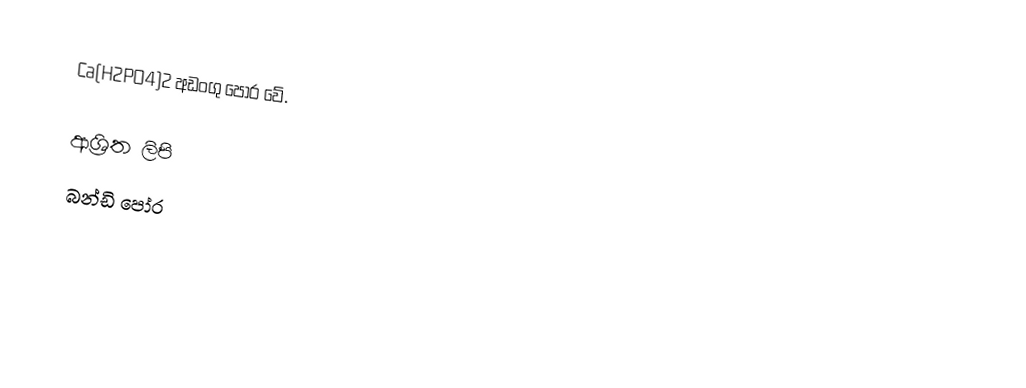
Ca(H2PO4)2 අඩංගු පෝර වේ.

ආශ්‍රිත ලිපි
 බන්ඩි පෝර